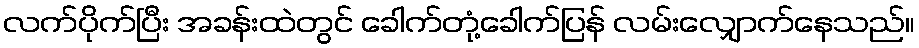
လက်ပိုက်ပြီး အခန်းထဲတွင် ခေါက်တုံ့ခေါက်ပြန် လမ်းလျှောက်နေသည်။